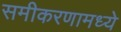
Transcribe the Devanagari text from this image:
समीकरणामध्ये